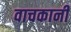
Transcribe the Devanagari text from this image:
वाचकानी